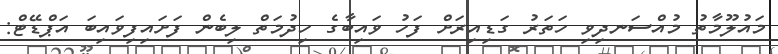
މައުލޫމާތު މުއްސަނދިވި ހަތަރު ގަޑިއިރަށް ފަހު ވައިބާގެ ހިދުމަތް ލިބެން ފަށައިފިވައިބަ އަޕްޑޭޓް: